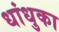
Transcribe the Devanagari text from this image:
धांधुका